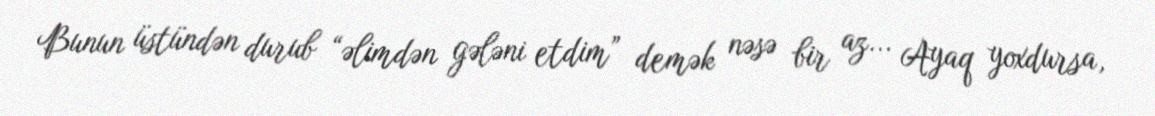
Bunun üstündən durub “əlimdən gələni etdim” demək nəsə bir az... Ayaq yoxdursa,